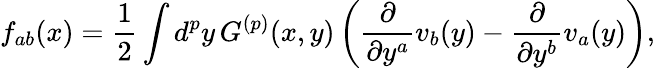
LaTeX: f_{ab}(x)=\frac{1}{2}\int d^{p}y\, G^{(p)}(x,y)\left(\frac{\partial}{\partial y^{a}}v_{b}(y)-\frac{\partial}{\partial y^{b}}v_{a}(y)\right),